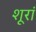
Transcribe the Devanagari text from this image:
शूरां